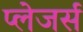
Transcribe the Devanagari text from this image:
प्लेजर्स